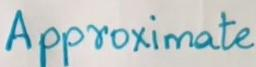
Approximate